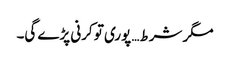
مگر شرط… پوری تو کرنی پڑے گی۔